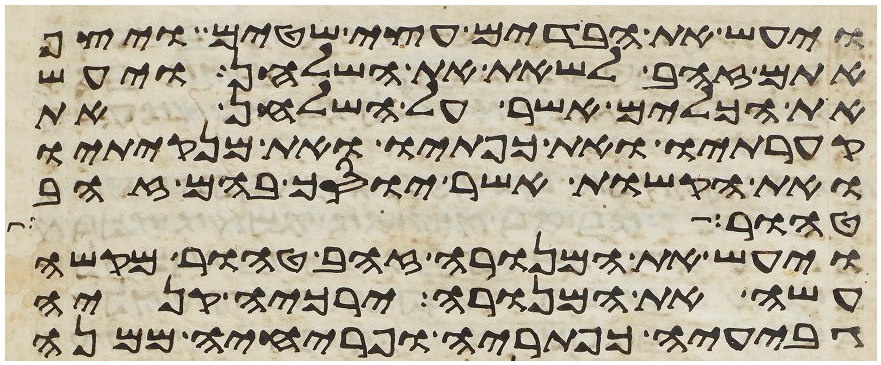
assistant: ויעש את הבדים עצי שטים ויצף
אתם זהב לשאת את השלחן ויעש
את הכלים אשר על השלחן את
קערתיו ואת כפתיו ואת מנקיתיו
ואת הקשות אשר יוסך בהם זהב
טהור ככר
ויעש את המנורה זהב טהור מקשה
עשה את המנורה ירכיה קניה
גביעיה כפתריה ופרחיה ממנה